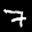
Digit: 7